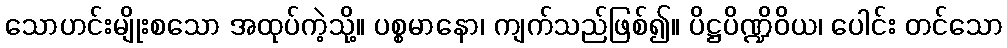
သောဟင်းမျိုးစသော အထုပ်ကဲ့သို့။ ပစ္စမာနော၊ ကျက်သည်ဖြစ်၍။ ပိဋ္ဌပိဏ္ဍိဝိယ၊ ပေါင်း တင်သော